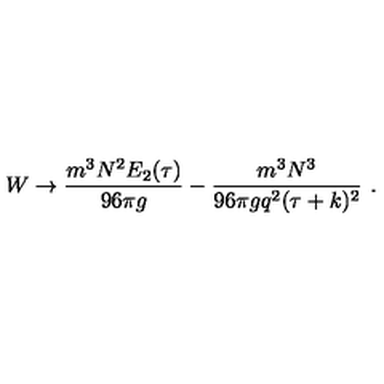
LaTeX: W \to { \frac { m ^ { 3 } N ^ { 2 } E _ { 2 } ( \tau ) } { 9 6 \pi g } } - { \frac { m ^ { 3 } N ^ { 3 } } { 9 6 \pi g q ^ { 2 } ( \tau + k ) ^ { 2 } } } \ .